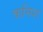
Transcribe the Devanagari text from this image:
कनिश